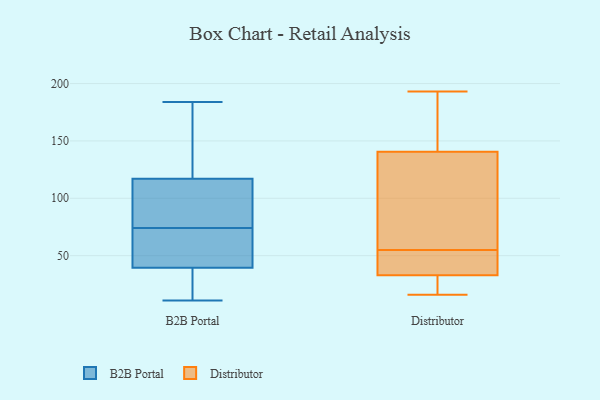
{"axis": {"x": "Production Output", "y": "Value"}, "legend": ["B2B Portal", "Distributor"], "data": [{"x": "", "y": 130, "type": "B2B Portal"}, {"x": "", "y": 22, "type": "B2B Portal"}, {"x": "", "y": 11, "type": "B2B Portal"}, {"x": "", "y": 104, "type": "B2B Portal"}, {"x": "", "y": 181, "type": "B2B Portal"}, {"x": "", "y": 68, "type": "B2B Portal"}, {"x": "", "y": 184, "type": "B2B Portal"}, {"x": "", "y": 36, "type": "B2B Portal"}, {"x": "", "y": 80, "type": "B2B Portal"}, {"x": "", "y": 92, "type": "B2B Portal"}, {"x": "", "y": 67, "type": "B2B Portal"}, {"x": "", "y": 43, "type": "B2B Portal"}, {"x": "", "y": 26, "type": "Distributor"}, {"x": "", "y": 46, "type": "Distributor"}, {"x": "", "y": 63, "type": "Distributor"}, {"x": "", "y": 42, "type": "Distributor"}, {"x": "", "y": 16, "type": "Distributor"}, {"x": "", "y": 139, "type": "Distributor"}, {"x": "", "y": 62, "type": "Distributor"}, {"x": "", "y": 127, "type": "Distributor"}, {"x": "", "y": 157, "type": "Distributor"}, {"x": "", "y": 55, "type": "Distributor"}, {"x": "", "y": 28, "type": "Distributor"}, {"x": "", "y": 26, "type": "Distributor"}, {"x": "", "y": 46, "type": "Distributor"}, {"x": "", "y": 180, "type": "Distributor"}, {"x": "", "y": 184, "type": "Distributor"}, {"x": "", "y": 47, "type": "Distributor"}, {"x": "", "y": 30, "type": "Distributor"}, {"x": "", "y": 141, "type": "Distributor"}, {"x": "", "y": 193, "type": "Distributor"}]}